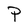
Character: P